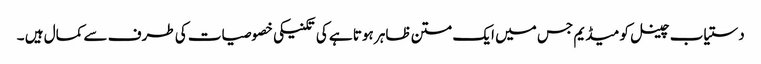
دستیاب چینل کو میڈیم جس میں ایک متن ظاہر ہوتا ہے کی تکنیکی خصوصیات کی طرف سے کمال ہیں ۔